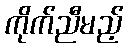
ကိုက်ညီမည့်